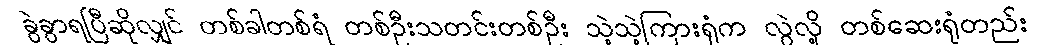
ခွဲခွာရပြီဆိုလျှင် တစ်ခါတစ်ရံ တစ်ဦးသတင်းတစ်ဦး သဲ့သဲ့ကြားရုံက လွဲလို့ တစ်ဆေးရုံတည်း